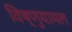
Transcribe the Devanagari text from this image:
विष्णुयामल